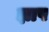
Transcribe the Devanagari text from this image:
ज्ञाप